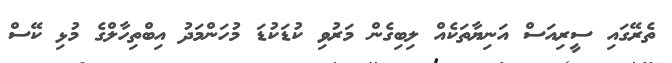
ތެރޭގައި ސީރިއަސް އަނިޔާތަކެއް ލިބިގެން މަރުވި ކުޑަކުޑަ މުހަންމަދު އިބްތިހާލްގެ މުޅި ކޭސް